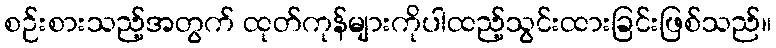
စဉ်းစားသည့်အတွက် ထုတ်ကုန်များကိုပါထည့်သွင်းထားခြင်းဖြစ်သည်။